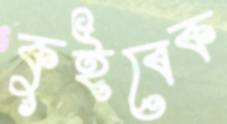
কুইবেক